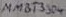
Text: MMBT3304